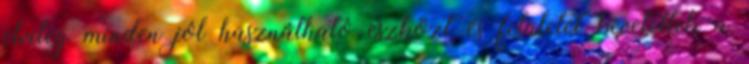
elvileg minden jól használható eszközt és felületet bevetettek a